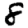
Digit: 8